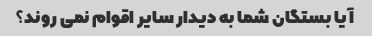
آیا بستگان شما به دیدار سایر اقوام نمی روند؟